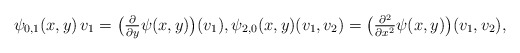
\begin{align*} \psi_{0,1}( x, y ) \, v_1 = \big(\tfrac{ \partial }{ \partial y } \psi( x, y )\big)( v_1 ) , \psi_{2,0}( x, y )( v_1, v_2 ) = \big( \tfrac{ \partial^2 }{ \partial x^2 } \psi( x, y ) \big)( v_1, v_2 ) ,\end{align*}